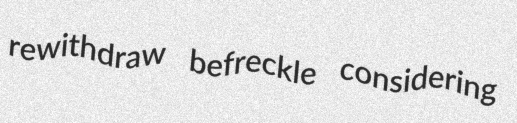
rewithdraw befreckle considering